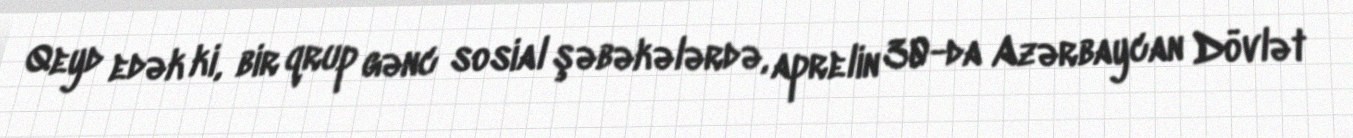
Qeyd edək ki, bir qrup gənc sosial şəbəkələrdə, aprelin 30-da Azərbaycan Dövlət